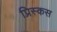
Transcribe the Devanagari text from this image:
प्रिस्कस